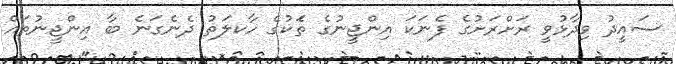
ސައީދު ވިދާޅުވީ ރަށްރަށުގެ ފެނަކަ އިންޖީނުގެ ތެަކުގެ ހާކލަތު ދެނެގަނެ ބާ އިންޖީނުތައް